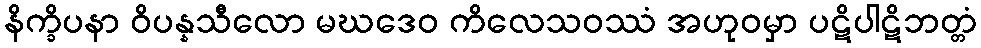
နိက္ခိပနာ ဝိပန္နသီလော မဃဒေဝ ကိလေသဝဿံ အဟုဝမှာ ပဋိပါဋိဘတ္တံ